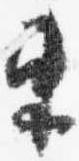
東